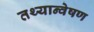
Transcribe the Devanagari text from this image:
तथ्यान्वेषण